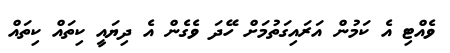
ވެއްޓި އެ ކަމުން އަރައިގަތުމަށް ހޭދަ ވެގެން އެ ދިޔައީ ކިތައް ކިތައް